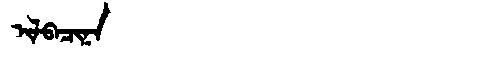
Manchu: ᡳᠯᠪᠠᠴᡳᠨᠠ
Romanization: ILBACINA